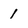
Character: 1